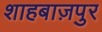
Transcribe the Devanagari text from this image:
शाहबाज़पुर